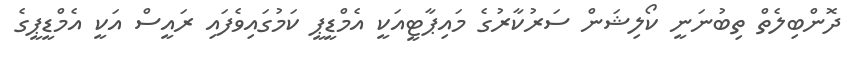
ދޮންބިލެތް ތިބުނަނީ ކޯލިޝަން ސަރުކާރުގެ މައިޕާޓީއަކީ އެމްޑީޕީ ކަމުގައިވެފައި ރައީސް އަކީ އެމްޑީޕީގެ